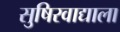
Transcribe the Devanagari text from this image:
सुषिरवाद्याला